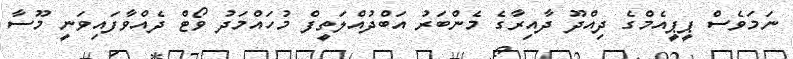
ނަމަވެސް ޕީޕީއެމްގެ ދިއްދޫ ދާއިރާގެ މެންބަރު އަބްދުއްލަތީފް މުހައްމަދު ވޯޓް ދެއްވާފައިވަނީ މޫސާ